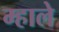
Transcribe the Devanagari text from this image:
म्हाले